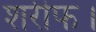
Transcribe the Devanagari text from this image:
शरीफ।